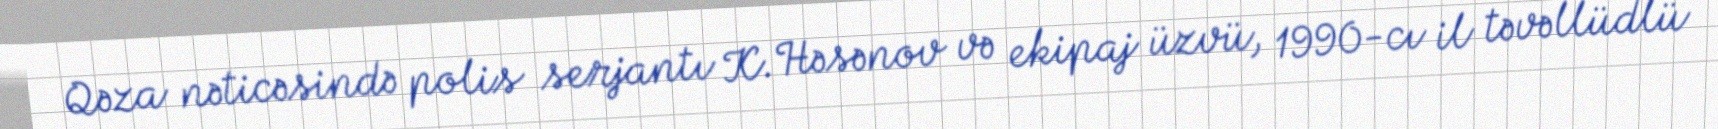
Qəza nəticəsində polis serjantı K.Həsənov və ekipaj üzvü, 1990-cı il təvəllüdlü